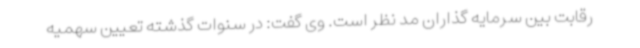
رقابت بین سرمایه گذاران مد نظر است. وی گفت: در سنوات گذشته تعیین سهمیه